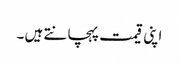
اپنی قیمت پہچانتے ہیں ۔